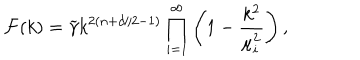
{ \cal F } ( k ) = { \widetilde \gamma } k ^ { 2 ( n + d / 2 - 1 ) } \prod _ { i = 1 } ^ { \infty } \left( 1 - { \frac { k ^ { 2 } } { \mu _ { i } ^ { 2 } } } \right) ,